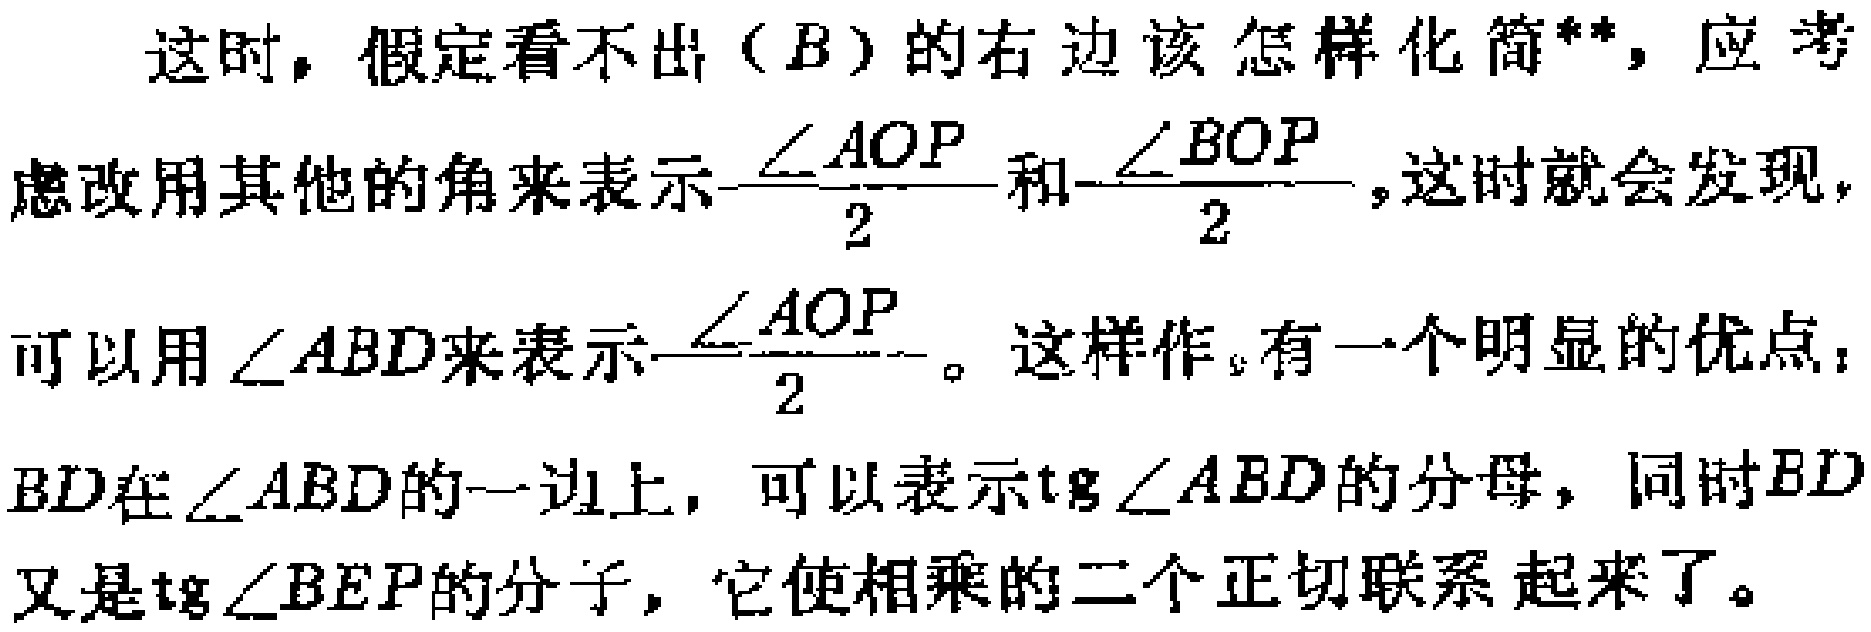
这时，假定看不出（\(B\)）的右边该怎样化简**，应考
虑改用其他的角来表示\(\frac{\angle AOP}{2}\)和\(\frac{\angle BOP}{2}\)，这时就会发现，
可以用\(\angle ABD\)来表示\(\frac{\angle AOP}{2}\)。这样作，有一个明显的优点：
\(BD\)在\(\angle ABD\)的一边上，可以表示\(\text{tg}\angle ABD\)的分母，同时\(BD\)
又是\(\text{tg}\angle BEP\)的分子，它使相乘的二个正切联系起来了。